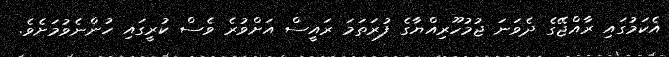
އެކަމުގައި ރާއްޖޭގެ ދެވަނަ ޖުމުހޫރިއްޔާގެ ފުރަތަމަ ރައީސް އަށްވުރެ ވެސް ކުރީގައި ހުންނެވުމަށެވެ.